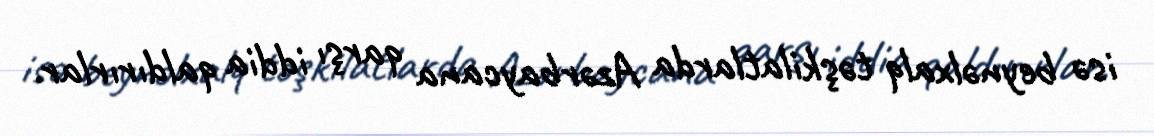
isə beynəlxalq təşkilatlarda Azərbaycana qarşı iddia qaldırırlar.